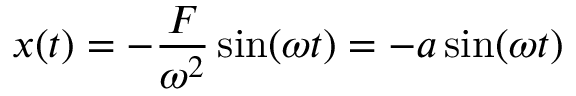
x ( t ) = - { \frac { F } { \omega ^ { 2 } } } \sin ( \omega t ) = - a \sin ( \omega t )